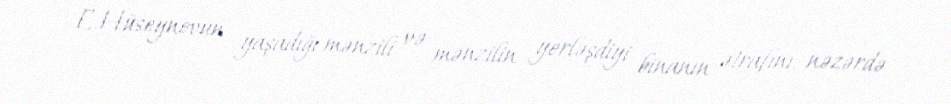
E.Hüseynovun yaşadığı mənzili və mənzilin yerləşdiyi binanın ətrafını nəzərdə